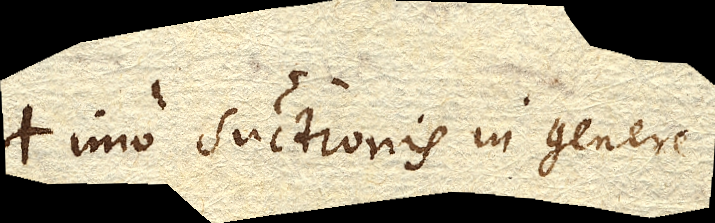
imo suctionis in genere